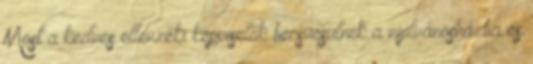
Most a kedves ellenzéki képviselők becsücsülnek a nyilvánosházba és